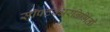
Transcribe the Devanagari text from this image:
सॉफ्टवेअरनिर्मिती